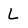
Character: L